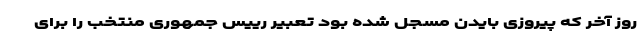
روز آخر که پیروزی بایدن مسجل شده بود تعبیر رییس جمهوری منتخب را برای